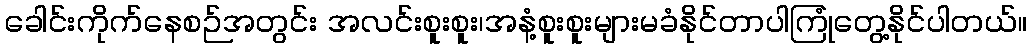
ခေါင်းကိုက်နေစဉ်အတွင်း အလင်းစူးစူး၊အနံ့စူးစူးများမခံနိုင်တာပါကြုံတွေ့နိုင်ပါတယ်။